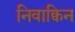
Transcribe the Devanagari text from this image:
निवाक्विन